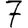
Digit: 7